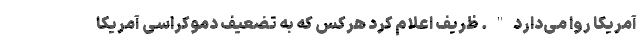
آمریکا روا می‌دارد". ظریف اعلام کرد هرکس که به تضعیف دموکراسی آمریکا